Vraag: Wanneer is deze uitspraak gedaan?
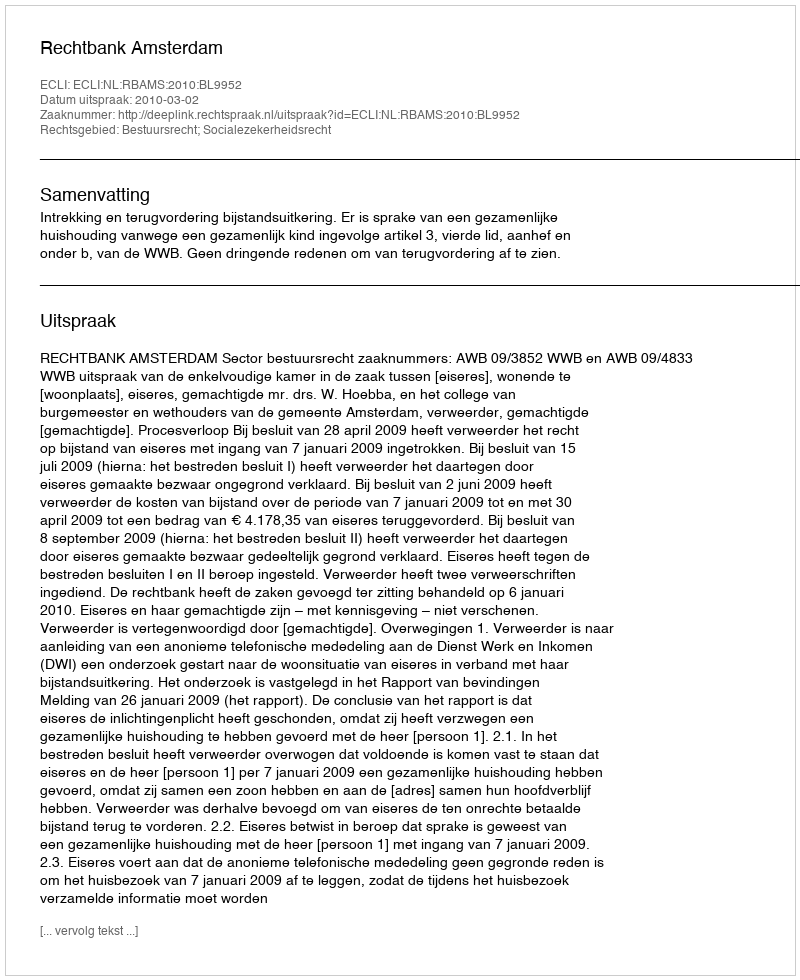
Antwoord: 2010-03-02